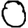
Digit: 0